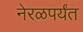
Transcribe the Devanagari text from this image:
नेरळपर्यंत